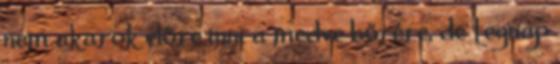
nem akarok előre inni a medve bőrére, de tegnap